Indian journal of veterinary science and animal husbandry - Volumes 18-21, 1948-1951
Year: 1948
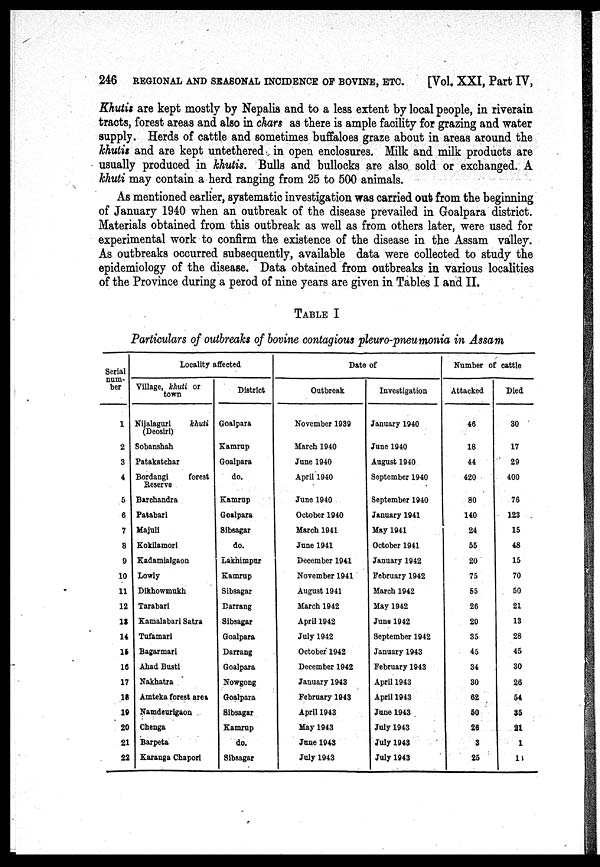
246
REGIONAL AND SEASONAL INCIDENCE OF BOVINE, ETC.
[Vol. XXI, Part IV,
Khutis are kept mostly by Nepalis and to a less extent by local people, in riverain
tracts, forest areas and also in chars as there is ample facility for grazing and water
supply. Herds of cattle and sometimes buffaloes graze about in areas around the
khutis and are kept untethered in open enclosures. Milk and milk products are
usually produced in khutis. Bulls and bullocks are also sold or exchanged. A
khuti may contain a herd ranging from 25 to 500 animals.
As mentioned earlier, systematic investigation was carried out from the beginning
of January 1940 when an outbreak of the disease prevailed in Goalpara district.
Materials obtained from this outbreak as well as from others later, were used for
experimental work to confirm the existence of the disease in the Assam valley.
As outbreaks occurred subsequently, available data were collected to study the
epidemiology of the disease. Data obtained from outbreaks in various localities
of the Province during a perod of nine years are given in Tables I and II.
TABLE I
Particulars of outbreaks of bovine contagious pleuro-pneumonia in Assam
Serial
num-
ber
1
2
3
4
5
6
7
8
9
10
11
12
18
14
15
16
17
18
10
20
21
22
Locality affected
Village, khuti or
town
Nijalaguri
khuti
(Deosirl)
Sobanshah
Patakatchar
Bordangi
forest
Reserve
Barchandra
Patabari
Majull
Kokilamori
Kadamialgaon
Lowly
Dikhowmukh
Tarabari
Kamalabari Satra
Tufamari
Bagarmari
Ahad Busti
Nakhatra
Amteka forest area
Namdeurigaon
Chenga
Barpeta
Karanga Chapori
District
Goalpara
Kamrup
Goalpara
do.
Kamrup
Goalpara
Sibsagar
do.
Laknimpur
Kamrup
Sibsagar
Darrang
Sibsagar
Goalpara
Darrang
Goalpara
Nowgong
Goalpara
Sibsagar
Kamrup
do.
Sibsagar
Date of
Outbreak
November 1939
March 1940
June 1940
April 1940
June 1940
October 1940
March 1941
June 1941
December 1941
November 1941
August 1941
March 1942
April 1942
July 1942
October 1942
December 1942
January 1943
February 1943
April 1943
May 1943
June 1943
July 1943
Investigation
January 1940
June 1940
August 1940
September 1940
September 1940
January 1941
May 1941
October 1941
January 1942
February 1942
March 1942
May 1942
June 1942
September 1942
January 1943
February 1943
April 1943
April 1943
June 1943
July 1943
July 1943
July 1943
Number of cattle
Attacked
46
18
44
420
80
140
24
55
20
75
55
26
20
35
45
34
30
62
50
26
3
25
Died
30
17
29
400
76
123
15
48
15
70
50
21
13
28
45
30
26
54
35
21
1
18